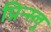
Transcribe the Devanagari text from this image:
प्रिन्स्लू